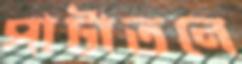
পাটাতনে